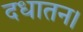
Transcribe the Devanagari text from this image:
दधातन।